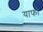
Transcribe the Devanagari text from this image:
याफो